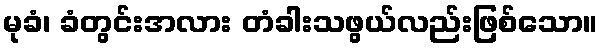
မုခံ၊ ခံတွင်းအလား တံခါးသဖွယ်လည်းဖြစ်သော။